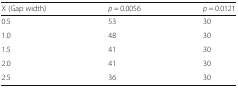
<table><thead><tr><td><b>X (Gap width)</b></td><td><b><i>p</i> = 0.0056</b></td><td><b><i>p</i> = 0.0121</b></td></tr></thead><tbody><tr><td>0.5</td><td>53</td><td>30</td></tr><tr><td>1.0</td><td>48</td><td>30</td></tr><tr><td>1.5</td><td>41</td><td>30</td></tr><tr><td>2.0</td><td>41</td><td>30</td></tr><tr><td>2.5</td><td>36</td><td>30</td></tr></tbody></table>